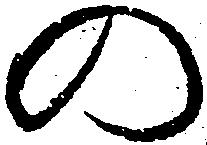
の